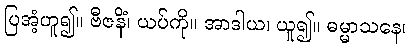
ပြအံ့ဟူ၍။ ဗီဇနိံ၊ ယပ်ကို။ အာဒါယ၊ ယူ၍။ ဓမ္မာသနေ၊